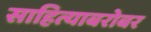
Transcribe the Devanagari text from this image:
साहित्याबरोबर